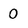
Character: 0